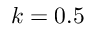
k = 0 . 5